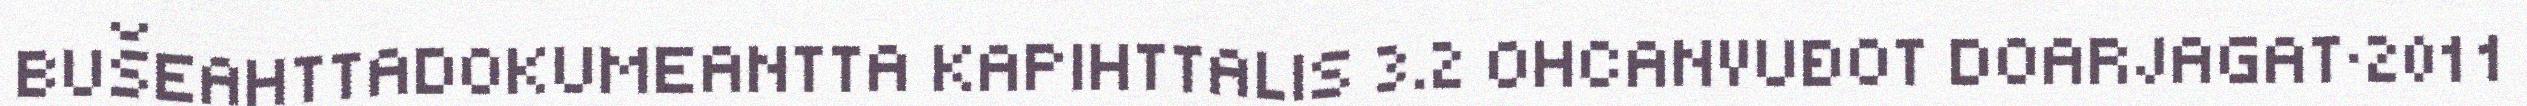
BUŠEAHTTADOKUMEANTTA KAPIHTTALIS 3.2 OHCANVUĐOT DOARJAGAT·2011